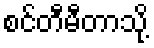
စင်တီမီတာသို့